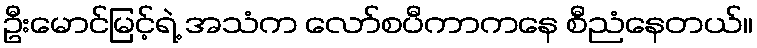
ဦးမောင်မြင့်ရဲ့ အသံက လော်စပီကာကနေ စီညံနေတယ်။